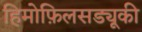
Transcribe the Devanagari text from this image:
हिमोफ़िलसड्यूकी